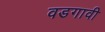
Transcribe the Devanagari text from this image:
वडगावी